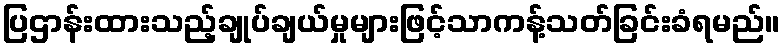
ပြဌာန်းထားသည့်ချုပ်ချယ်မှုများဖြင့်သာကန့်သတ်ခြင်းခံရမည်။